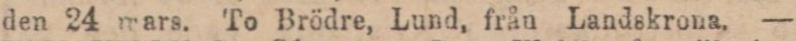
den 24 mars. To Brödre, Lund, från Landskrona. —